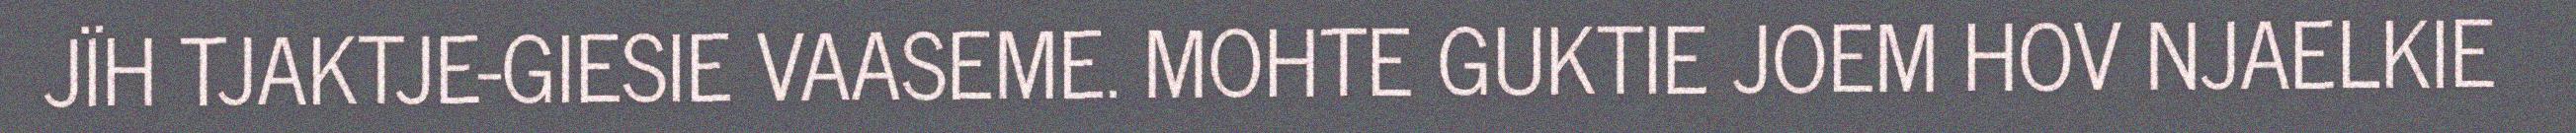
JÏH TJAKTJE-GIESIE VAASEME. MOHTE GUKTIE JOEM HOV NJAELKIE